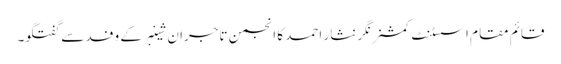
قائم مقام اسسٹنٹ کمشنر نگر نثار احمد کا انجمن تاجران شینبرکے وفد سے گفتگو۔